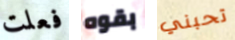
فعلت بقوه تحبني